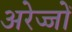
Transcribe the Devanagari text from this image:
अरेज्जों